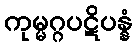
ကုမ္မဂ္ဂပဋိပန္နံ